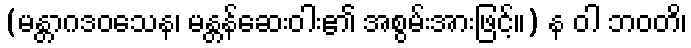
(မန္တာဂဒဝသေန၊ မန္တန်ဆေးဝါး၏ အစွမ်းအားဖြင့်။) န ဝါ ဘဝတိ၊